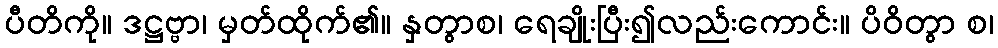
ပီတိကို။ ဒဋ္ဌဗ္ဗာ၊ မှတ်ထိုက်၏။ နှတွာစ၊ ရေချိုးပြီး၍လည်းကောင်း။ ပိဝိတွာ စ၊